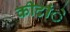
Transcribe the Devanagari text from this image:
कीटांे